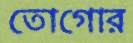
তোগোর